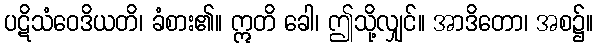
ပဋိသံဝေဒိယတိ၊ ခံစား၏။ ဣတိ ခေါ၊ ဤသို့လျှင်။ အာဒိတော၊ အစ၌။